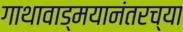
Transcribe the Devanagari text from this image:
गाथावाड्मयानंतरच्या